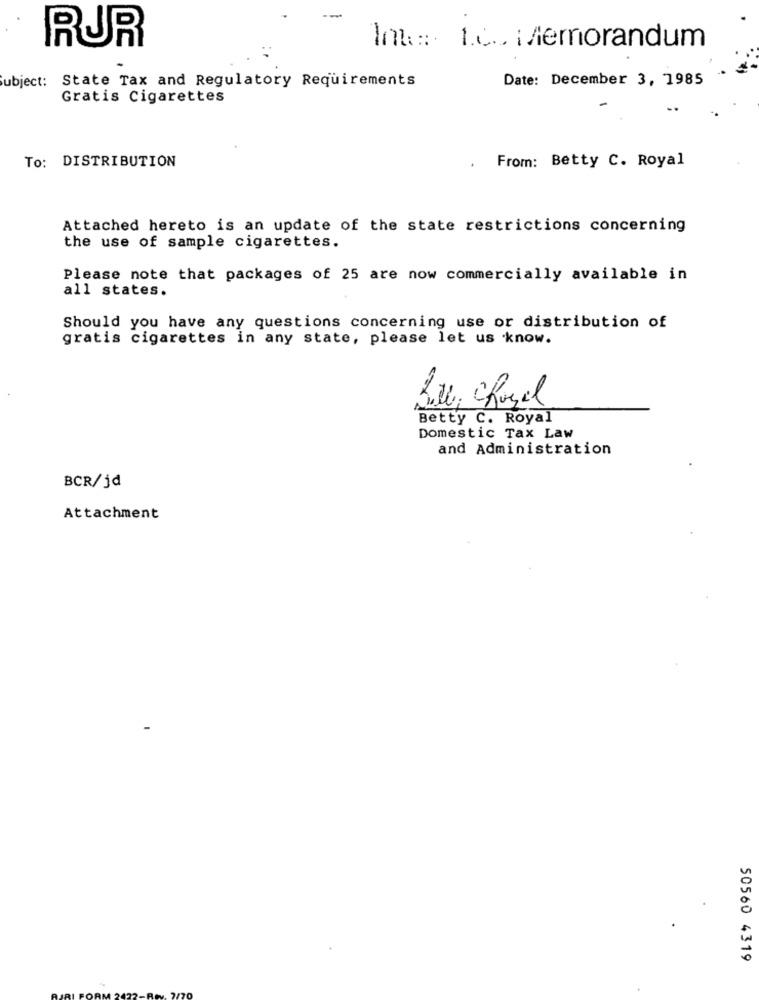
RUR
Int: 10. i Memorandum
Subject: State Tax and Regulatory Requirements
Date: December 3, 1985
Gratis Cigarettes
To: DISTRIBUTION
From: Betty C. Royal
.
Attached hereto is an update of the state restrictions concerning
the use of sample cigarettes.
Please note that packages of 25 are now commercially available in
all states.
Should you have any questions concerning use or distribution of
gratis cigarettes in any state, please let us know.
Betty C. Royal
Domestic Tax Law
and Administration
BCR/jd
Attachment
50560 4319